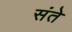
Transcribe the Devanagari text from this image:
संते